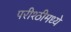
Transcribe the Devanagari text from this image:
परीश्ठीमध्ये